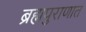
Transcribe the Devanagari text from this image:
ब्रह्मपुराणात